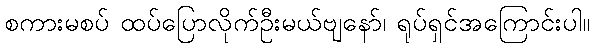
စကားမစပ် ထပ်ပြောလိုက်ဦးမယ်ဗျနော်၊ ရုပ်ရှင်အကြောင်းပါ။